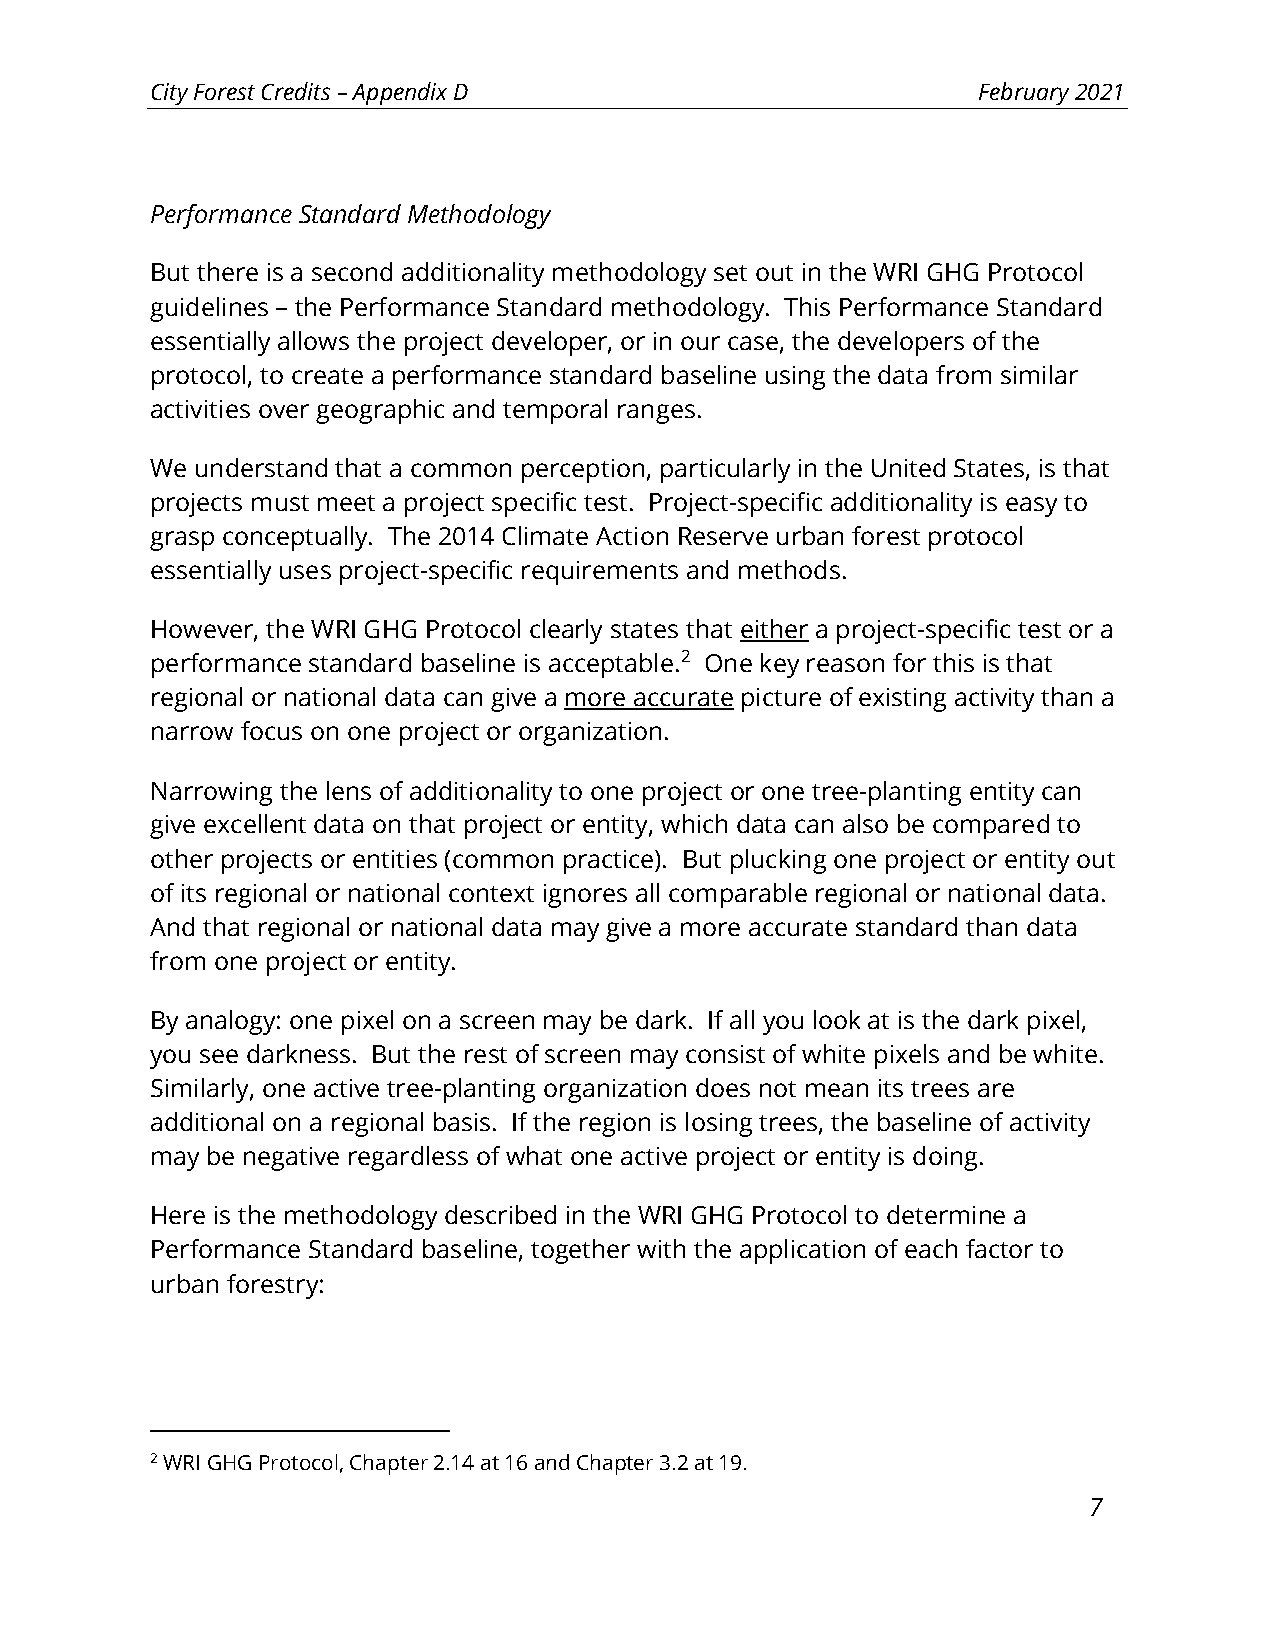
City Forest Credits – Appendix D                       February 2021
 Performance Standard Methodology
 But there is a second additionality methodology set out in the WRI GHG Protocol
 guidelines – the Performance Standard methodology. This Performance Standard
 essentially allows the project developer, or in our case, the developers of the
 protocol, to create a performance standard baseline using the data from similar
 activities over geographic and temporal ranges.
 We understand that a common perception, particularly in the United States, is that
 projects must meet a project specific test. Project-specific additionality is easy to
 grasp conceptually. The 2014 Climate Action Reserve urban forest protocol
 essentially uses project-specific requirements and methods.
 However, the WRI GHG Protocol clearly states that either a project-specific test or a
 performance standard baseline is acceptable.2 One key reason for this is that
 regional or national data can give a more accurate picture of existing activity than a
 narrow focus on one project or organization.
 Narrowing the lens of additionality to one project or one tree-planting entity can
 give excellent data on that project or entity, which data can also be compared to
 other projects or entities (common practice). But plucking one project or entity out
 of its regional or national context ignores all comparable regional or national data.
 And that regional or national data may give a more accurate standard than data
 from one project or entity.
 By analogy: one pixel on a screen may be dark. If all you look at is the dark pixel,
 you see darkness. But the rest of screen may consist of white pixels and be white.
 Similarly, one active tree-planting organization does not mean its trees are
 additional on a regional basis. If the region is losing trees, the baseline of activity
 may be negative regardless of what one active project or entity is doing.
 Here is the methodology described in the WRI GHG Protocol to determine a
 Performance Standard baseline, together with the application of each factor to
 urban forestry:
 2 WRI GHG Protocol, Chapter 2.14 at 16 and Chapter 3.2 at 19.
 7